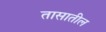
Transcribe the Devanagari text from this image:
तासातील